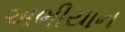
અભીયાન